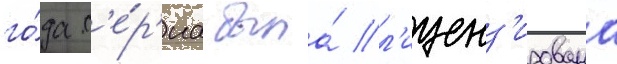
го́да с'е́р'иа была́ л'иценз'ирована